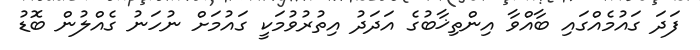
ފަދަ ގައުމެއްގައި ބާއްވާ އިންތިޚާބުގެ އަދަދު އިތުރުވުމަކީ ގައުމަށް ނުހަނު ގެއްލުން ބޮޑު